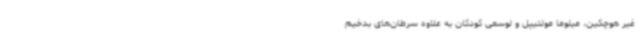
غیر هوچکین، میلوما مولتیپل و لوسمی کودکان به علاوه سرطان‌های بدخیم